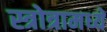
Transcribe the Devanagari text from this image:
स्त्रोत्रामध्ये